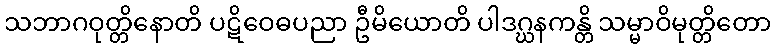
သဘာဂဝုတ္တိနောတိ ပဋိဝေဓပညာ ဦမိယောတိ ပါဒဂ္ဃနကန္တိ သမ္မာဝိမုတ္တိတော